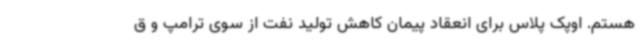
هستم. اوپک پلاس برای انعقاد پیمان کاهش تولید نفت از سوی ترامپ و ق